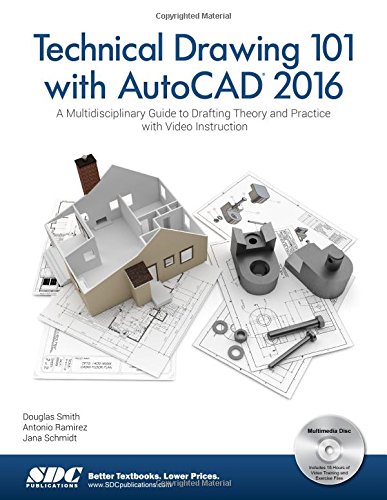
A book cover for Technical Drawing 101 with AutoCAD 2016; Antonio Ramirez; Computers & Technology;